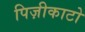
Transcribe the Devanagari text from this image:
पिज़ीकाटो